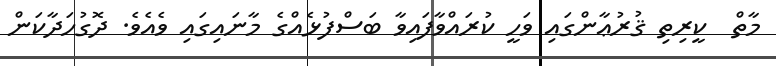
މާތް  ކީރިތި ޤުރުޢާންގައި ވަހީ ކުރައްވާފައިވާ ބަސްފުޅެއްގެ މާނައިގައި ވެއެވެ. ދޮގުހަދާކަން